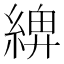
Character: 𦂖